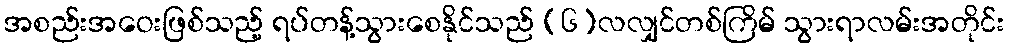
အစည်းအဝေးဖြစ်သည့် ရပ်တန့်သွားစေနိုင်သည် (၆)လလျှင်တစ်ကြိမ် သွားရာလမ်းအတိုင်း